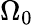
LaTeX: \Omega_{0}